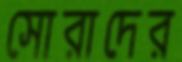
সোরাদের